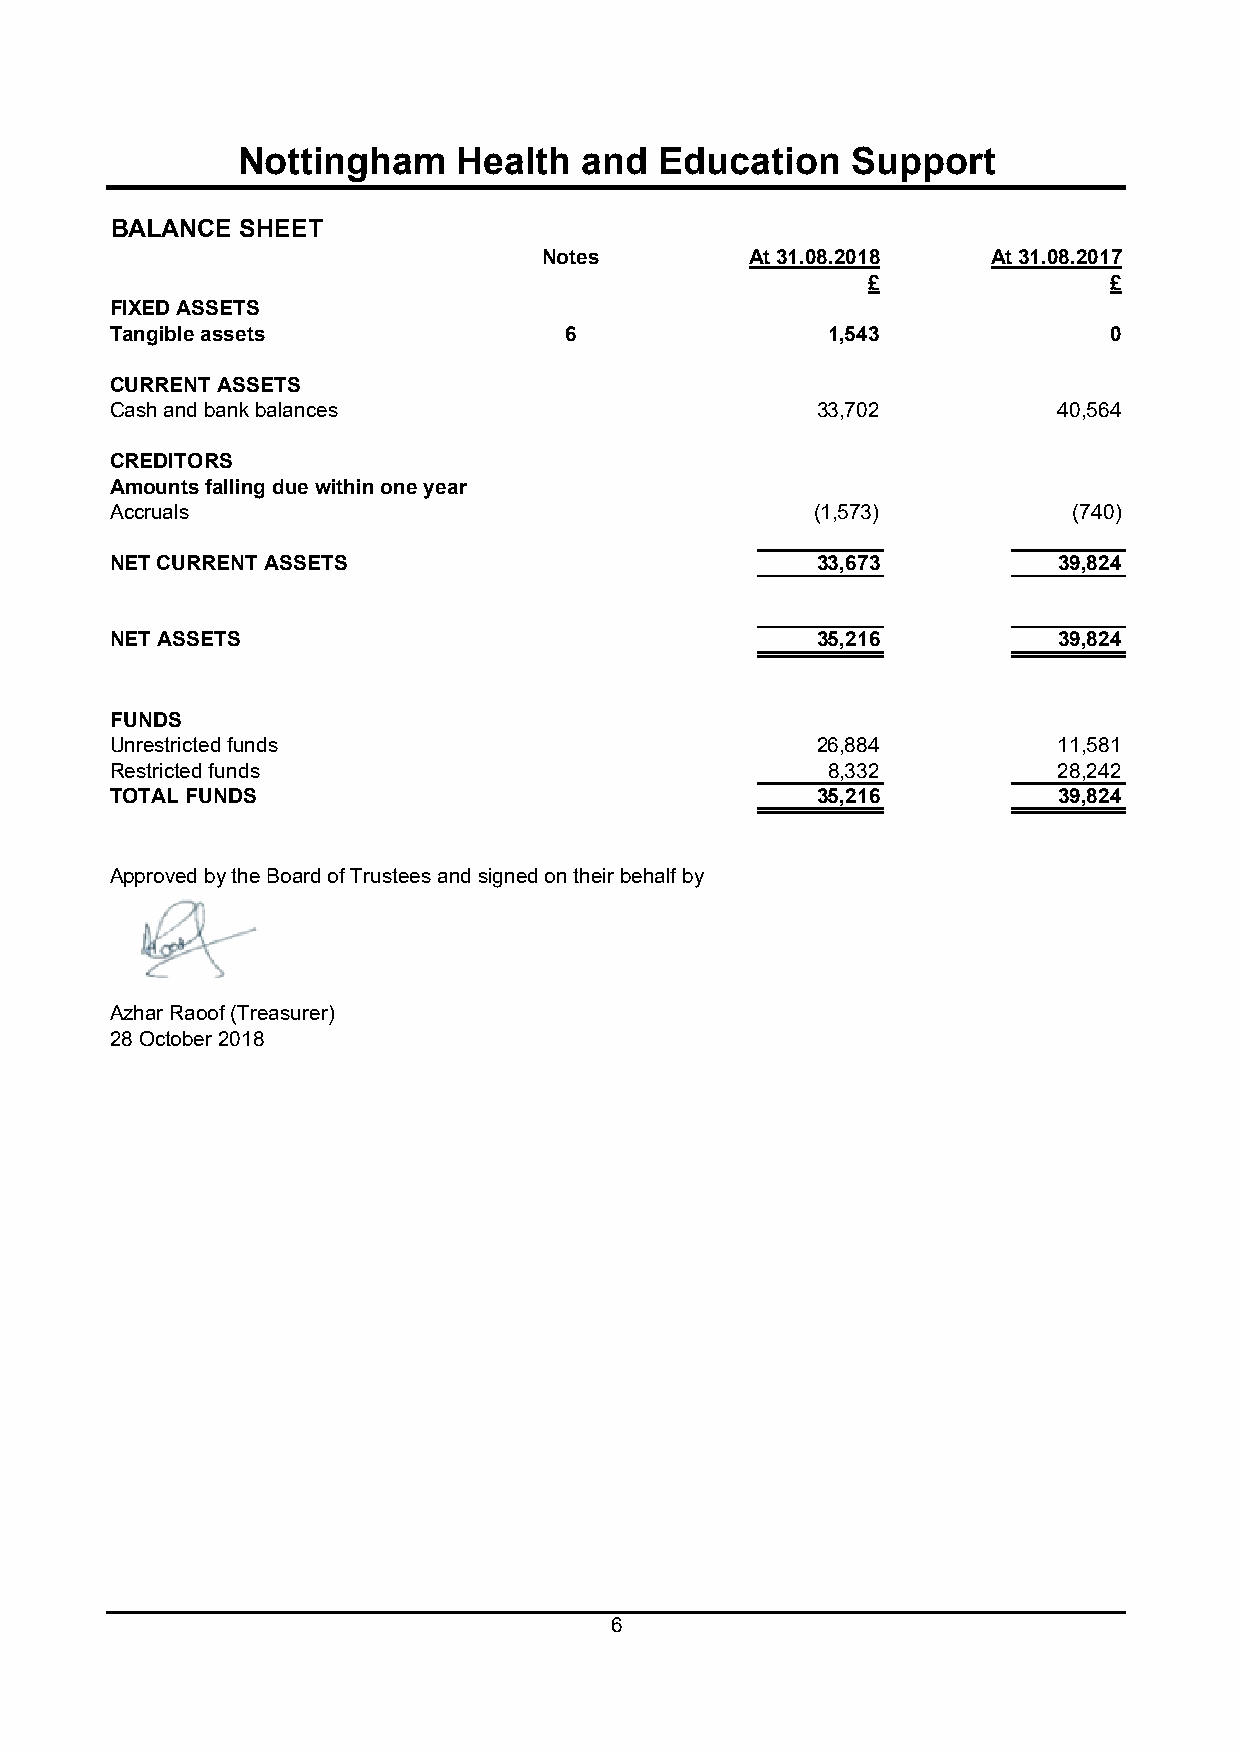
Nottingham    Health   and  Education   Support
 BALANCE  SHEET
 Notes         At 31.08.2018   At 31.08.2017
 £               £
 FIXED ASSETS
 Tangible assets               6                 1,543             0
 CURRENT ASSETS
 Cash and bank balances                         33,702          40,564
 CREDITORS
 Amounts falling due within one year
 Accruals                                       (1,573)          (740)
 NET CURRENT ASSETS                             33,673          39,824
 NET ASSETS                                     35,216          39,824
 FUNDS
 Unrestricted funds                             26,884          11,581
 Restricted funds                                8,332          28,242
 TOTAL FUNDS                                    35,216          39,824
 Approved by the Board of Trustees and signed on their behalf by
 Azhar Raoof (Treasurer)
 28 October 2018
 6